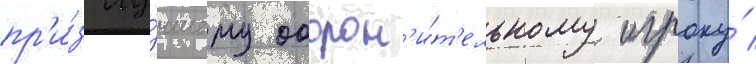
пр'и́з лу́чшему оборон'и́т'ельному игроку́